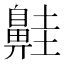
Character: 𪖢